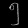
Digit: ၅